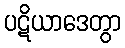
ပဋိယာဒေတွာ